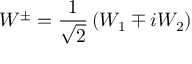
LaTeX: W ^ { \pm } = { \frac { 1 } { \sqrt { 2 } } } \left( W _ { 1 } \mp i W _ { 2 } \right)